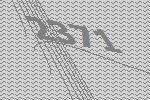
2371